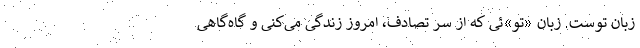
زبانِ توست. زبان «تو»ئی که از سرِ تصادف، امروز زندگی می‌کنی و گاه‌گاهی